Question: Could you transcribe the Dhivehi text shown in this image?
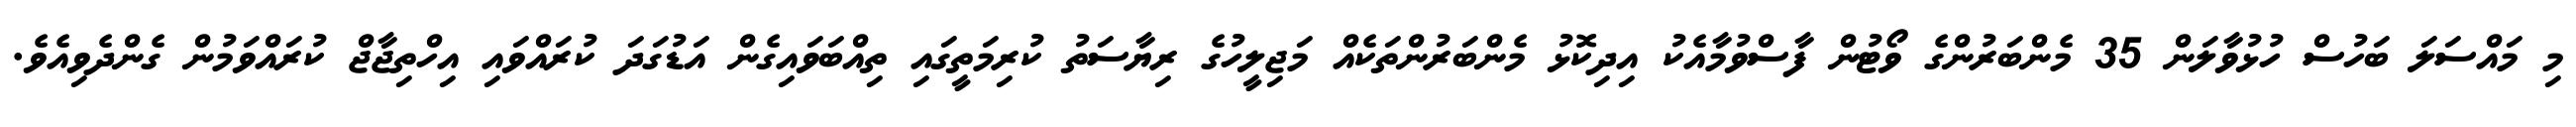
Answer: މި މައްސަލަ ބަހުސް ހުޅުވާލަން 35 މެންބަރުންގެ ވޯޓުން ފާސްވުމާއެކު އިދިކޮޅު މެންބަރުންތަކެއް މަޖިލީހުގެ ރިޔާސަތު ކުރިމަތީގައި ތިއްބަވައިގެން އަޑުގަދަ ކުރައްވައި އިހްތިޖާޖް ކުރައްވަމުން ގެންދެވިއެވެ.